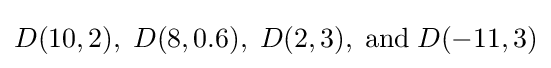
D(10,2),\;D(8,0.6),\;D(2,3),\;{\text{and}}\;D(-11,3)